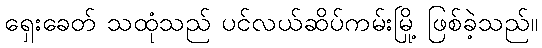
ရှေးခေတ် သထုံသည် ပင်လယ်ဆိပ်ကမ်းမြို့ ဖြစ်ခဲ့သည်။